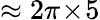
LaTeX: \approx 2\pi\! \times\! 5